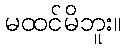
မထင်မိဘူး။